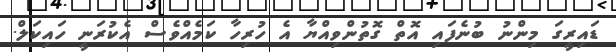
ޑައިރީގަ މިންނު ބުނެފައި އޮތް ގޮތުންވިއްޔާ އެ ހުރިހާ ކަމެއްވެސް އެކުރަނީ ހައިކަލް.